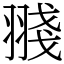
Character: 䎒